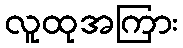
လူထုအကြား